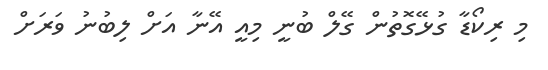
މި ރިކޯޑާ ގުޅޭގޮތުން ގޭލް ބުނީ މިއީ އޭނާ އަށް ލިބުނު ވަރަށް